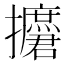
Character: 𱡑